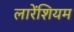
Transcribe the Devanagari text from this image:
लारेंशियम